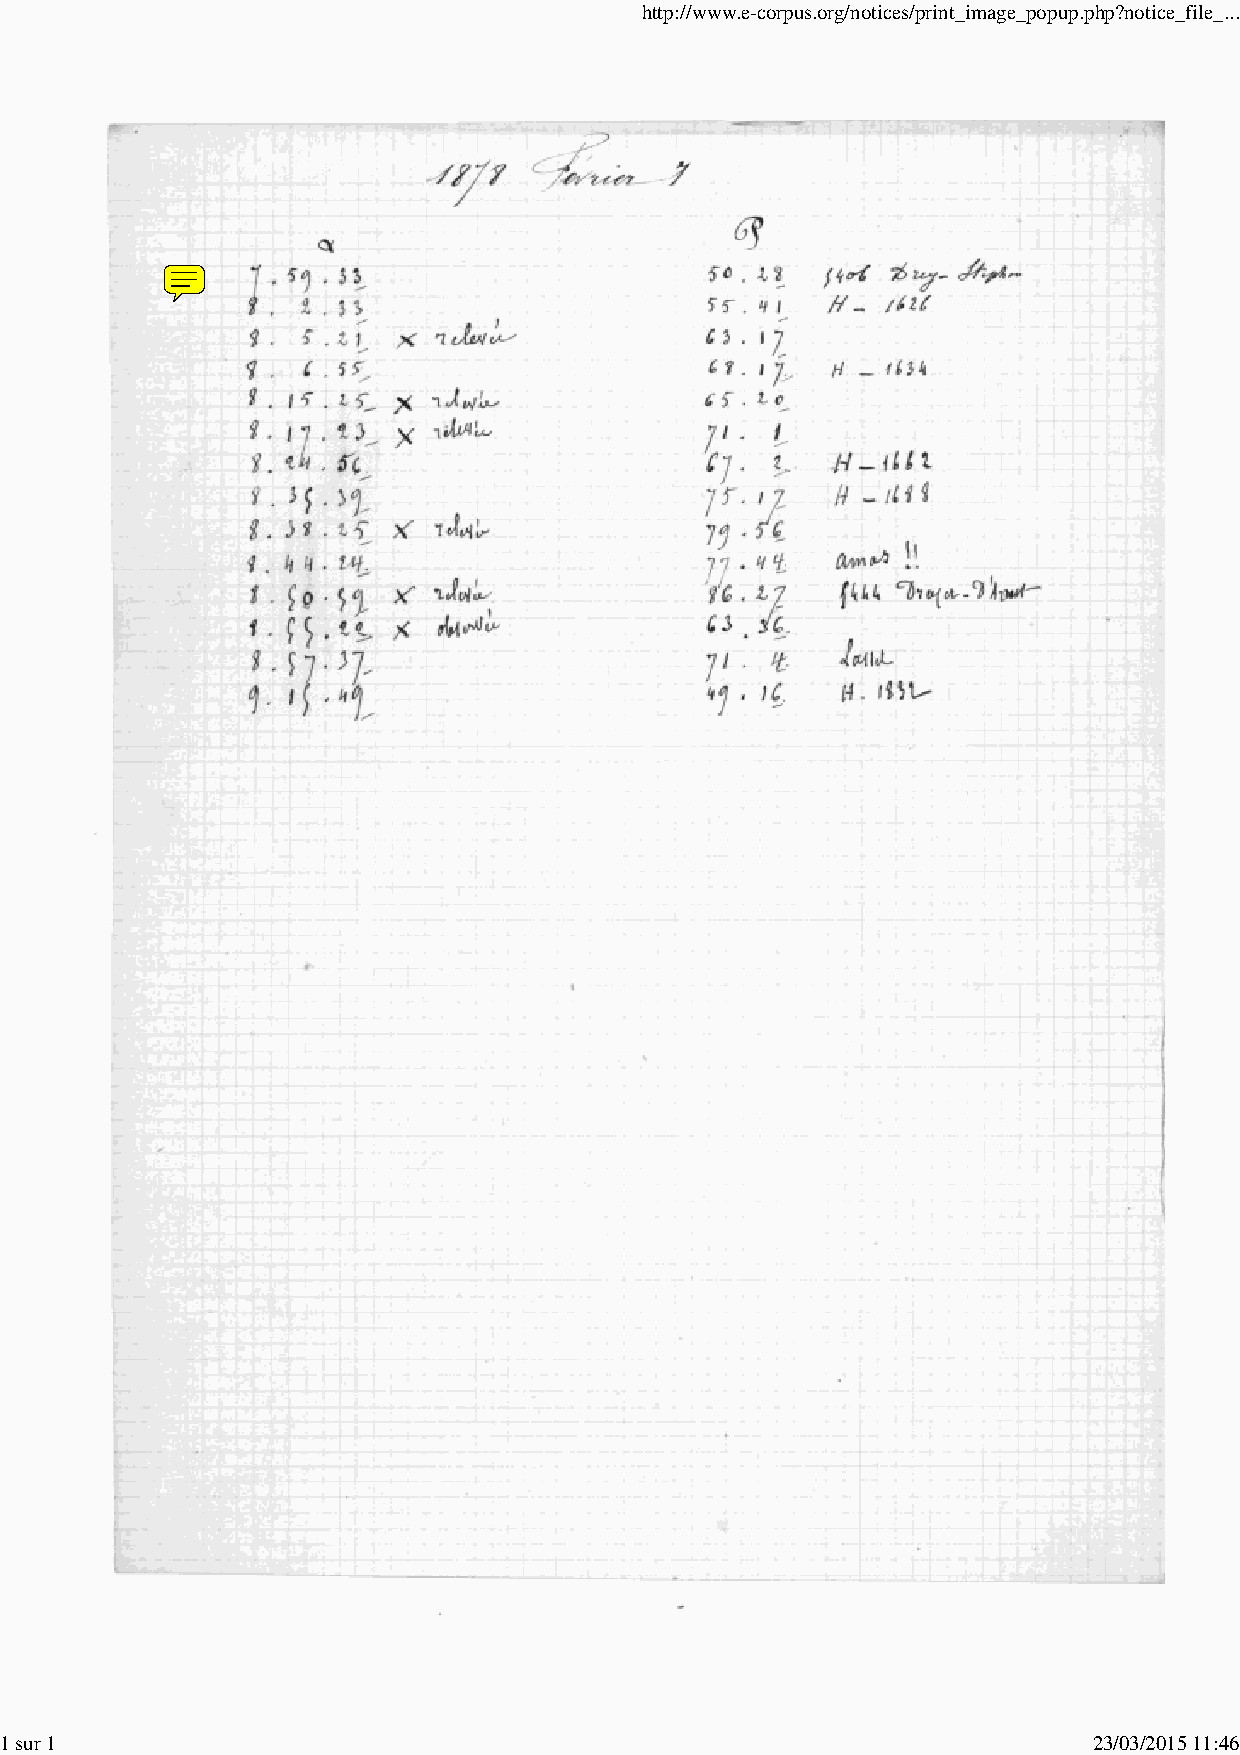
http://www.e-corpus.org/notices/print_image_popup.php?notice_file_...
 1 sur 1                                                                 23/03/2015 11:46